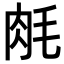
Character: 𬚱